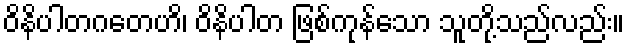
ဝိနိပါတဂတေဟိ၊ ဝိနိပါတ ဖြစ်ကုန်သော သူတို့သည်လည်း။